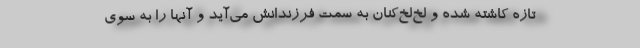
تازه كاشته شده و لخ‌لخ‌كنان به سمت فرزندانش مي‌آيد و آنها را به سوي